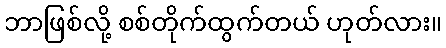
ဘာဖြစ်လို့ စစ်တိုက်ထွက်တယ် ဟုတ်လား။